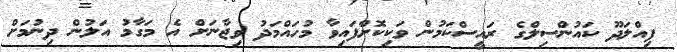
ފިއްލަދޫ ކައުންސިލްގެ ރައީސްކަމުން ވަކިކޮށްފައިވާ މުހައްމަދު ވިޖާނަށް އެ މަގާމު އަލުން ދިނުމަށް